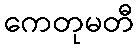
ကေတုမတီ